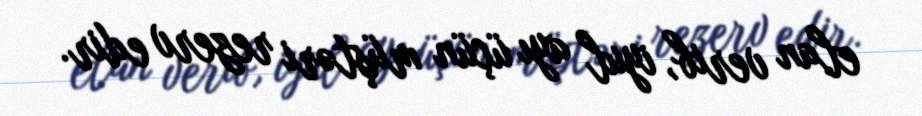
elan verib, iyul ayı üçün müştəri rezerv edir.